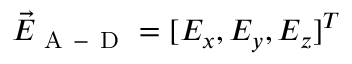
\vec { E } _ { \mathrm { ~ A ~ - ~ D ~ } } = [ E _ { x } , E _ { y } , E _ { z } ] ^ { T }